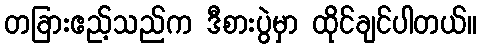
တခြားဧည့်သည်က ဒီစားပွဲမှာ ထိုင်ချင်ပါတယ်။